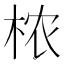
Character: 𬂰